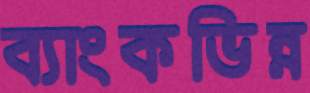
ব্যাংকভিন্ন